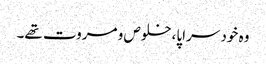
وہ خود سراپا،خلوص و مروت تھے۔